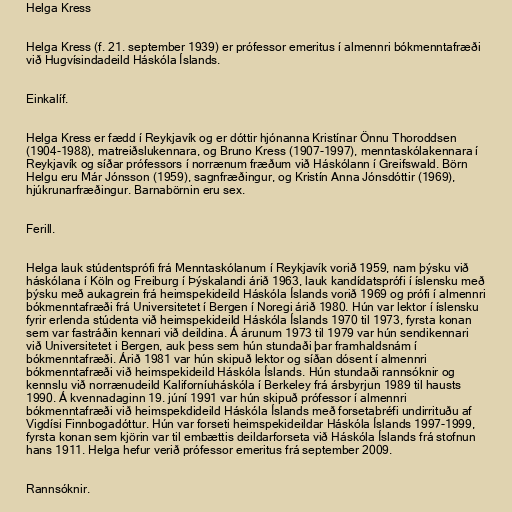
Helga Kress

Helga Kress (f. 21. september 1939) er prófessor emeritus í almennri bókmenntafræði
við Hugvísindadeild Háskóla Íslands.

Einkalíf.

Helga Kress er fædd í Reykjavík og er dóttir hjónanna Kristínar Önnu Thoroddsen
(1904-1988), matreiðslukennara, og Bruno Kress (1907-1997), menntaskólakennara í
Reykjavík og síðar prófessors í norrænum fræðum við Háskólann í Greifswald. Börn
Helgu eru Már Jónsson (1959), sagnfræðingur, og Kristín Anna Jónsdóttir (1969),
hjúkrunarfræðingur. Barnabörnin eru sex.

Ferill.

Helga lauk stúdentsprófi frá Menntaskólanum í Reykjavík vorið 1959, nam þýsku við
háskólana í Köln og Freiburg í Þýskalandi árið 1963, lauk kandídatsprófi í íslensku með
þýsku með aukagrein frá heimspekideild Háskóla Íslands vorið 1969 og prófi í almennri
bókmenntafræði frá Universitetet í Bergen í Noregi árið 1980. Hún var lektor í íslensku
fyrir erlenda stúdenta við heimspekideild Háskóla Íslands 1970 til 1973, fyrsta konan
sem var fastráðin kennari við deildina. Á árunum 1973 til 1979 var hún sendikennari
við Universitetet i Bergen, auk þess sem hún stundaði þar framhaldsnám í
bókmenntafræði. Árið 1981 var hún skipuð lektor og síðan dósent í almennri
bókmenntafræði við heimspekideild Háskóla Íslands. Hún stundaði rannsóknir og
kennslu við norrænudeild Kaliforníuháskóla í Berkeley frá ársbyrjun 1989 til hausts
1990. Á kvennadaginn 19. júní 1991 var hún skipuð prófessor í almennri
bókmenntafræði við heimspekdideild Háskóla Íslands með forsetabréfi undirrituðu af
Vigdísi Finnbogadóttur. Hún var forseti heimspekideildar Háskóla Íslands 1997-1999,
fyrsta konan sem kjörin var til embættis deildarforseta við Háskóla Íslands frá stofnun
hans 1911. Helga hefur verið prófessor emeritus frá september 2009.

Rannsóknir.